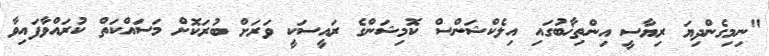
"ނިމިގެންދިޔަ ރިޔާސީ އިންތިޚާބުގައި އިލެކްޝަންސް ކޮމިޝަންގެ ރައީސަކީ ވަރަށް ބުރަކޮށް މަސައްކަތް ކުރައްވާފައިވާ